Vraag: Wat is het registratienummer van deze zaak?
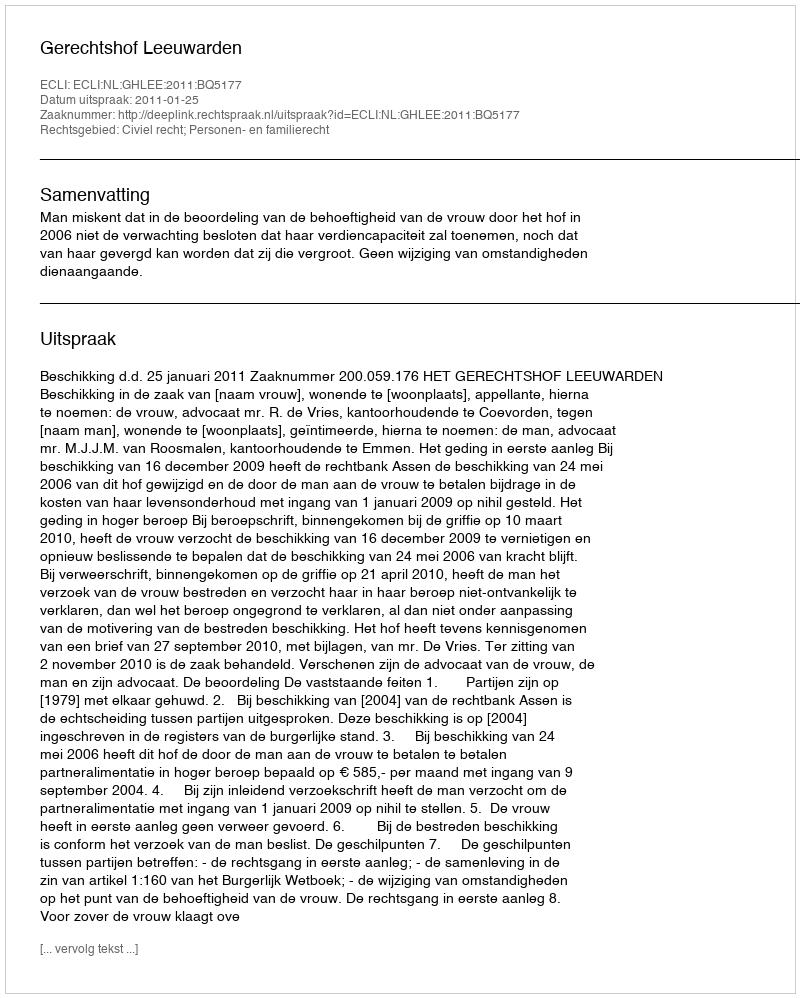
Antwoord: http://deeplink.rechtspraak.nl/uitspraak?id=ECLI:NL:GHLEE:2011:BQ5177